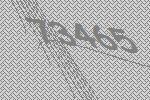
73465